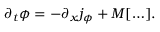
\partial _ { t } \phi = - \partial _ { x } j _ { \phi } + M [ \ldots ] .